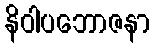
နိဝါပဘောဇနာ